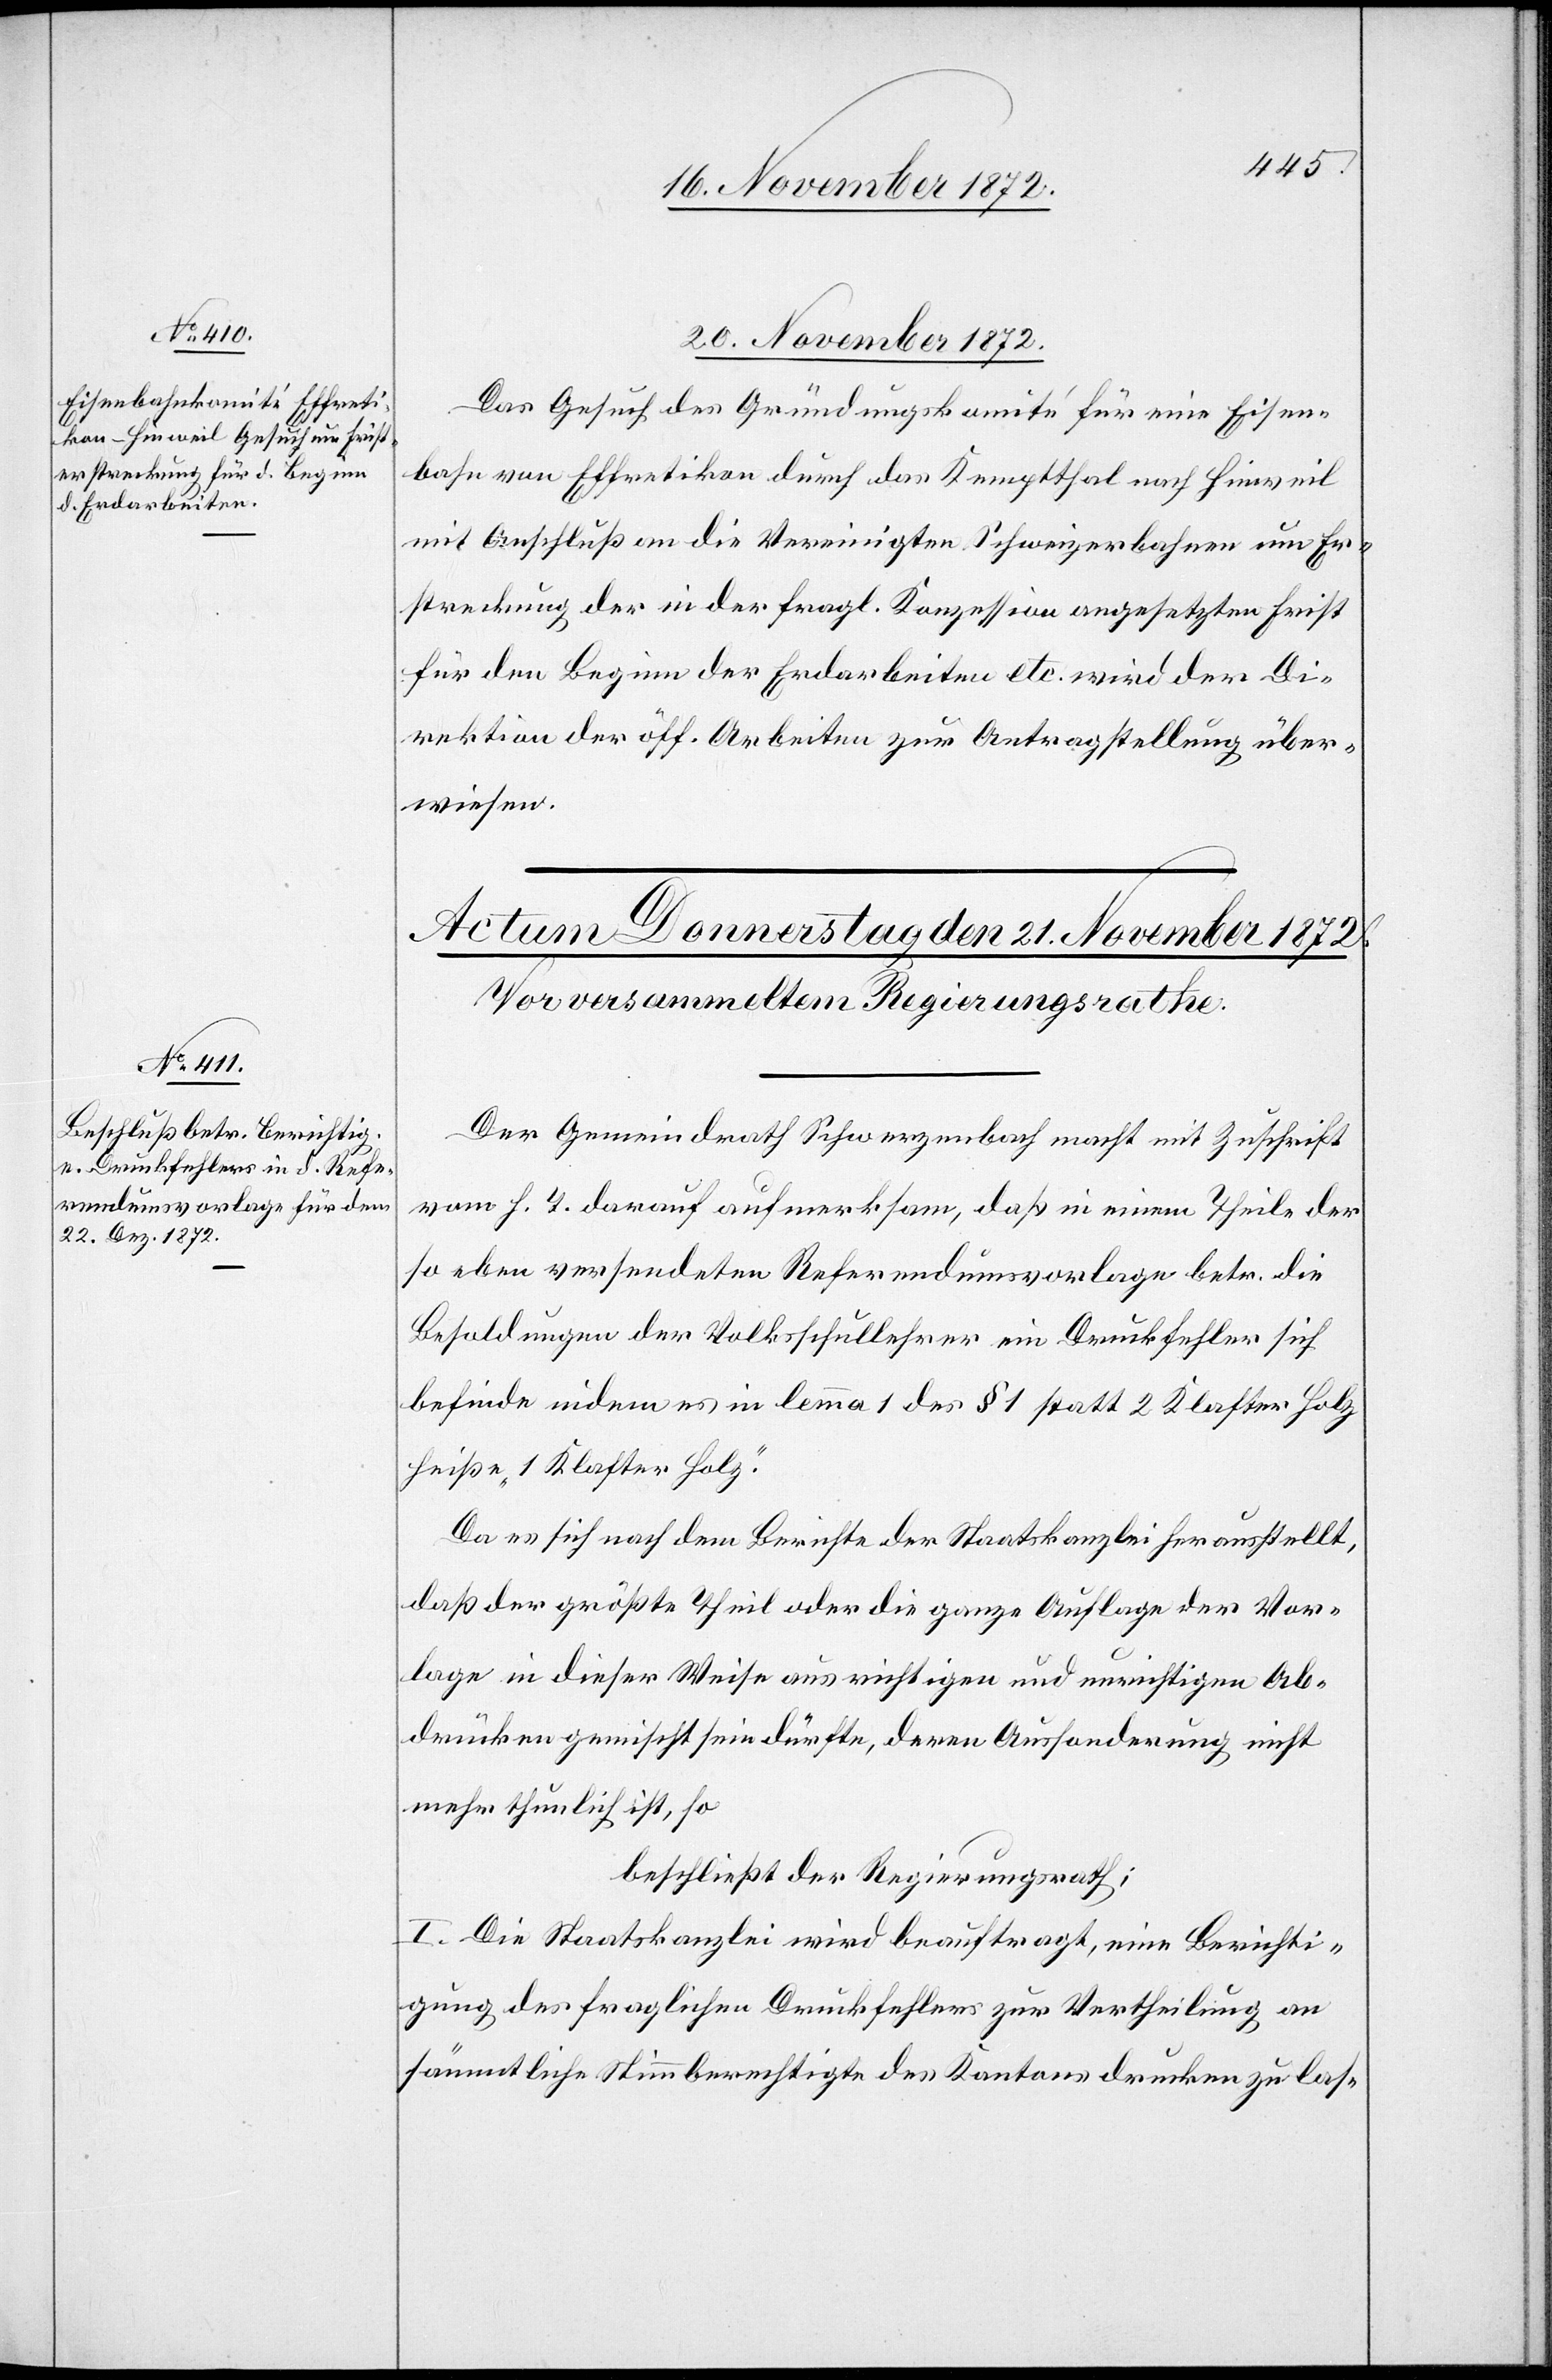
20. November 1872.
Das Gesuch des Gründungskomité für eine Eisen¬
bahn von Effretikon durch das Kemptthal nach Hinweil
mit Anschluß an die Vereinigten Schweizerbahnen um Er¬
streckung der in der fragl. Konzession angesetzten Frist
für den Beginn der Erdarbeiten etc. wird der Di¬
rektion der öff. Arbeiten zur Antragstellung über¬
wiesen.
Der Gemeindrath Schwerzenbach macht mit Zuschrift
vom h. T. darauf aufmerksam, daß in einem Theile der
so eben versendeten Referendumsvorlage betr. die
Besoldung der Volksschullehrer ein Druckfehler sich
befinde indem es in lemma 1 des § 1 statt 2 Klafter Holz
heiße „1 Klafter Holz“.
Da es sich nach dem Berichte der Staatskanzlei herausstellt,
daß der größte Theil oder die ganze Auflage der Vor¬
lage in dieser Weise aus richtigen und unrichtigen Ab¬
drücken gemischt sein dürfte, deren Aussonderung nicht
mehr thunlich ist, so
beschließt der Regierungsrath:
[sic!] Die Staatskanzlei wird beauftragt, eine Berichti¬
gung des fraglichen Druckfehlers zur Vertheilung an
sämmtliche Stimmberechtigte des Kantons drucken zu las-